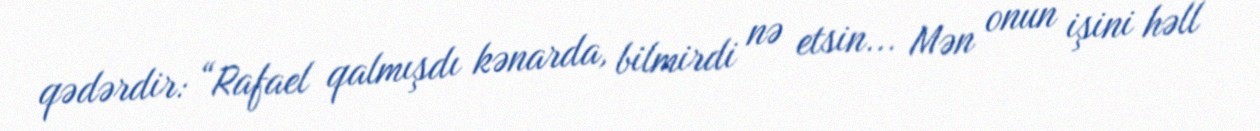
qədərdir: “Rafael qalmışdı kənarda, bilmirdi nə etsin... Mən onun işini həll